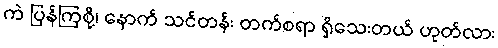
ကဲ ပြန်ကြစို့၊ နောက် သင်တန်း တက်စရာ ရှိသေးတယ် ဟုတ်လား